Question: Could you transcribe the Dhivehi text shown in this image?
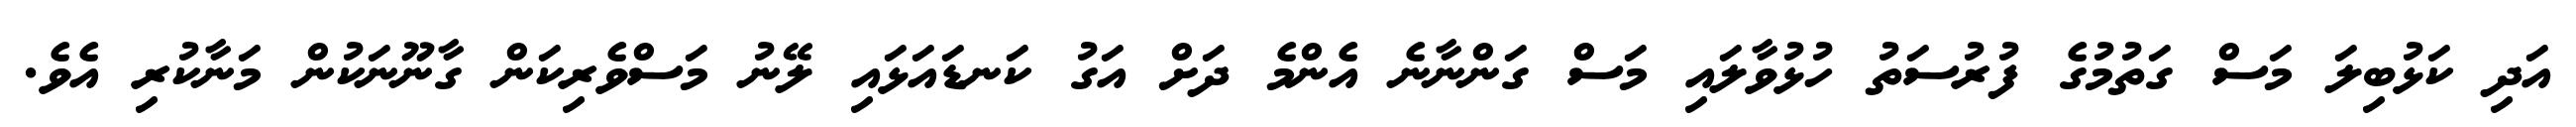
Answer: އަދި ކަޅުބިލަ މަސް ގަތުމުގެ ފުރުސަތު ހުޅުވާލައި މަސް ގަންނާނެ އެންމެ ދަށް އަގު ކަނޑައަޅައި ލޭނު މަސްވެރިކަން ގާނޫނަކުން މަނާކުރި އެވެ.